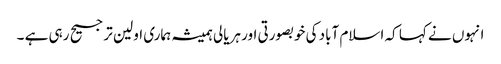
انہوں نے کہا کہ اسلام آباد کی خوبصورتی اور ہریالی ہمیشہ ہماری اولین ترجیح رہی ہے ۔